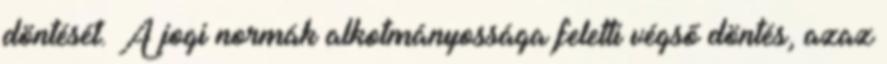
döntését. A jogi normák alkotmányossága feletti végső döntés, azaz